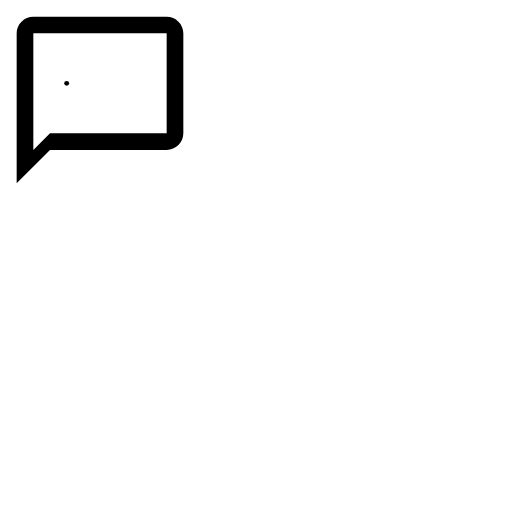
<svg xmlns="http://www.w3.org/2000/svg" width="200" height="200" viewBox="0 0 24 24"><path fill="currentColor" d="M20 2H4c-1.1 0-2 .9-2 2v18l4-4h14c1.1 0 2-.9 2-2V4c0-1.1-.9-2-2-2zm0 14H6l-2 2V4h16v12z"/><circle cx="16" cy="10" r="0" fill="currentColor"><animate attributeName="r" begin=".67" calcMode="spline" dur="1.5s" keySplines="0.2 0.2 0.4 0.8;0.2 0.2 0.4 0.8;0.2 0.2 0.4 0.8" repeatCount="indefinite" values="0;1.75;0;0"/></circle><circle cx="12" cy="10" r="0" fill="currentColor"><animate attributeName="r" begin=".33" calcMode="spline" dur="1.5s" keySplines="0.2 0.2 0.4 0.8;0.2 0.2 0.4 0.8;0.2 0.2 0.4 0.8" repeatCount="indefinite" values="0;1.75;0;0"/></circle><circle cx="8" cy="10" r="0" fill="currentColor"><animate attributeName="r" begin="0" calcMode="spline" dur="1.5s" keySplines="0.2 0.2 0.4 0.8;0.2 0.2 0.4 0.8;0.2 0.2 0.4 0.8" repeatCount="indefinite" values="0;1.75;0;0"/></circle></svg>